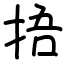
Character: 捂